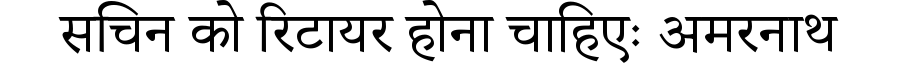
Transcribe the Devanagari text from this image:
सचिन को रिटायर होना चाहिएः अमरनाथ